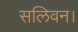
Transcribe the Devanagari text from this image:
सलिवन।